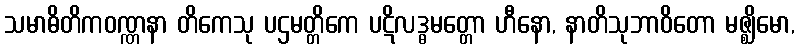
သမာဓိတိကဝဏ္ဏနာ တိကေသု ပဌမတ္တိကေ ပဋိလဒ္ဓမတ္တော ဟီနော, နာတိသုဘာဝိတော မဇ္ဈိမော,